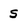
Character: s